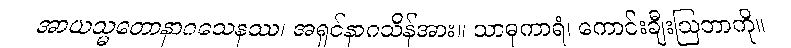
အာယသ္မတောနာဂသေနဿ၊ အရှင်နာဂသိန်အား။ သာဓုကာရံ၊ ကောင်းချီးဩဘာကို။